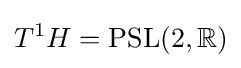
T^{1}H=\operatorname {PSL} (2,\mathbb {R} )